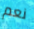
نعم